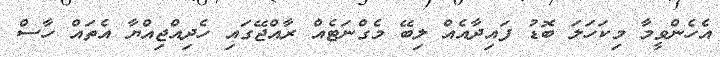
އެހެންވީމާ މިކަހަލަ ބޮޑު ފައިދާއެއް ލިބޭ މެގްނަޓެއް ރާއްޖޭގައި ހެދިއްޖިއްޔާ އެތައް ހާސް